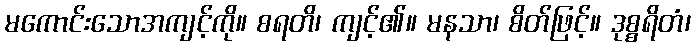
မကောင်းသောအကျင့်ကို။ စရတိ၊ ကျင့်၏။ မနသာ၊ စိတ်ဖြင့်။ ဒုစ္စရိတံ၊